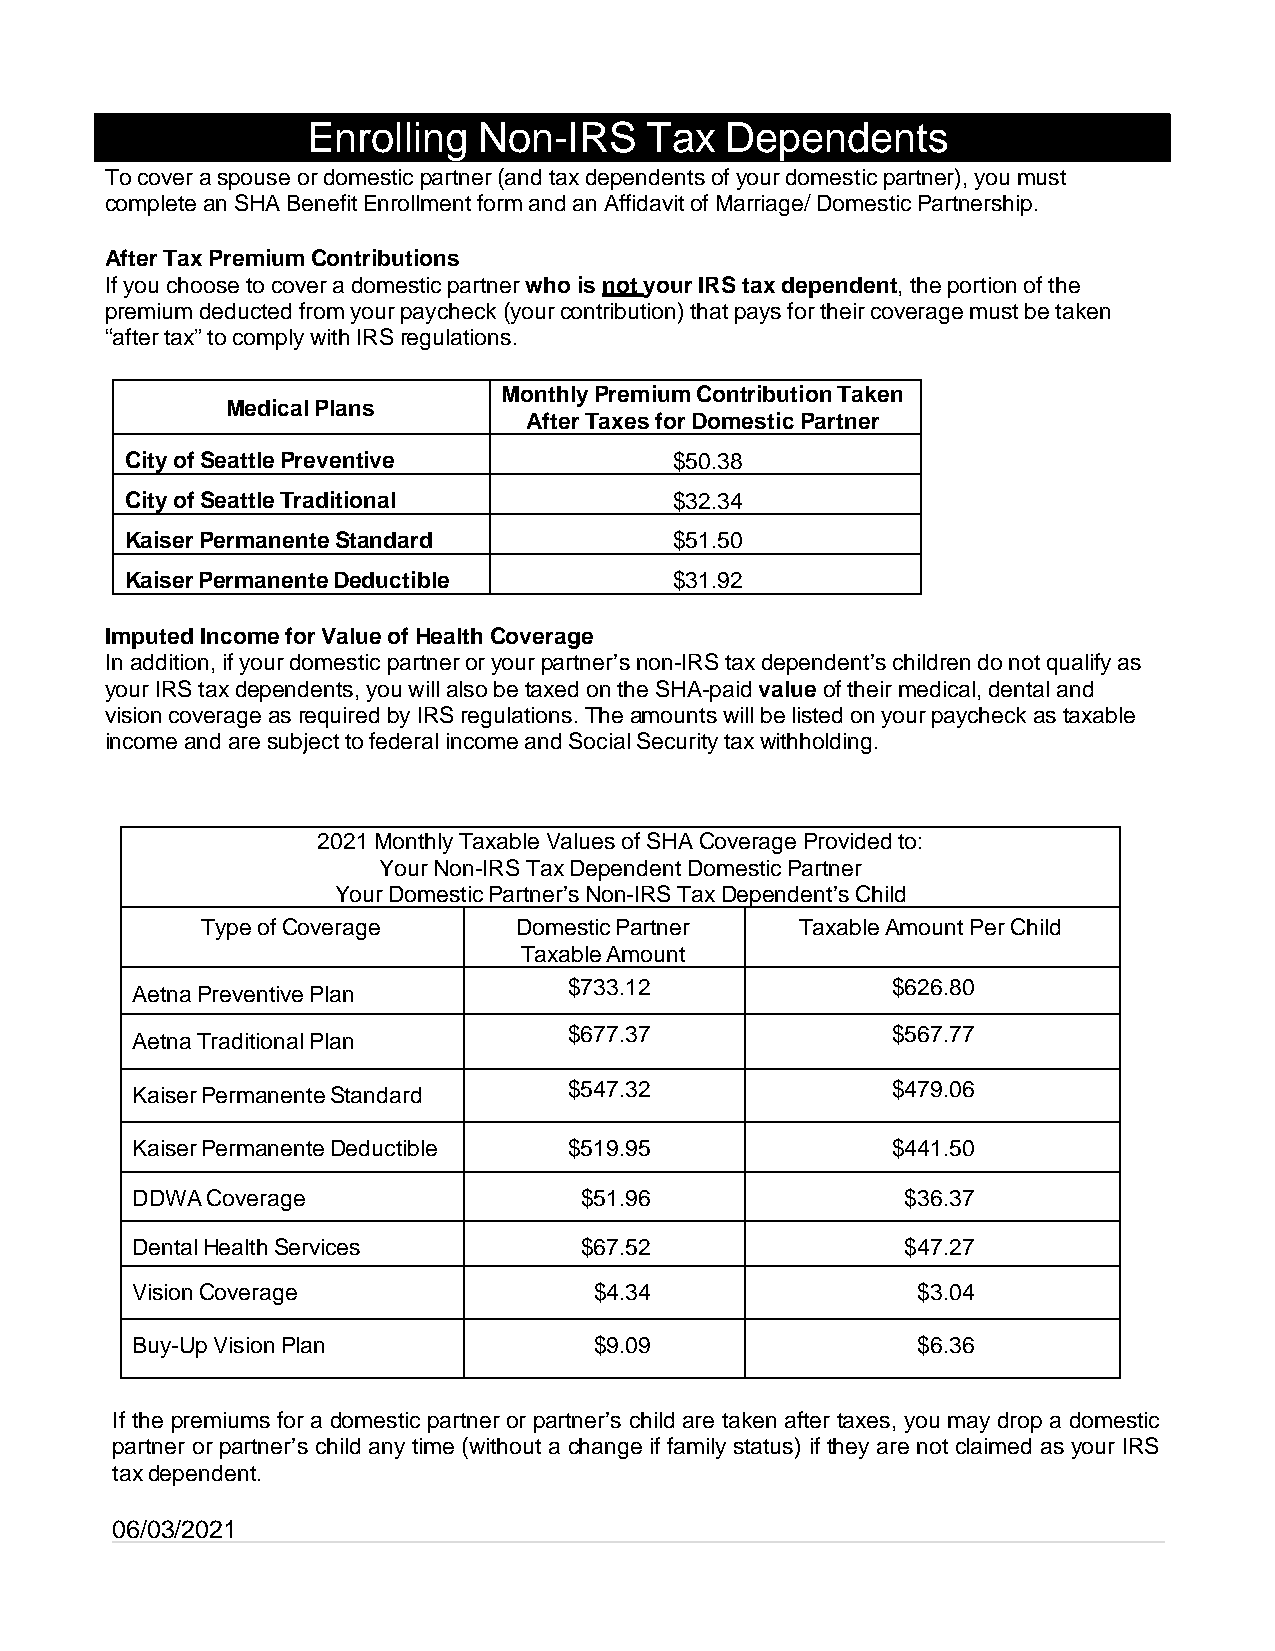
Enrolling   Non-IRS    Tax  Dependents
 To cover a spouse or domestic partner (and tax dependents of your domestic partner), you must
 complete an SHA Benefit Enrollment form and an Affidavit of Marriage/ Domestic Partnership.
 After Tax Premium Contributions
 If you choose to cover a domestic partner who is not your IRS tax dependent, the portion of the
 premium deducted from your paycheck (your contribution) that pays for their coverage must be taken
 “after tax” to comply with IRS regulations.
 Monthly Premium Contribution Taken
 Medical Plans
 After Taxes for Domestic Partner
 City of Seattle Preventive           $50.38
 City of Seattle Traditional          $32.34
 Kaiser Permanente Standard           $51.50
 Kaiser Permanente Deductible         $31.92
 Imputed Income for Value of Health Coverage
 In addition, if your domestic partner or your partner’s non-IRS tax dependent’s children do not qualify as
 your IRS tax dependents, you will also be taxed on the SHA-paid value of their medical, dental and
 vision coverage as required by IRS regulations. The amounts will be listed on your paycheck as taxable
 income and are subject to federal income and Social Security tax withholding.
 2021 Monthly Taxable Values of SHA Coverage Provided to:
 Your Non-IRS Tax Dependent Domestic Partner
 Your Domestic Partner’s Non-IRS Tax Dependent’s Child
 Type of Coverage     Domestic Partner   Taxable Amount Per Child
 Taxable Amount
 Aetna Preventive Plan        $733.12              $626.80
 Aetna Traditional Plan       $677.37              $567.77
 Kaiser Permanente Standard   $547.32              $479.06
 Kaiser Permanente Deductible $519.95              $441.50
 DDWA Coverage                $51.96                $36.37
 Dental Health Services       $67.52                $47.27
 Vision Coverage               $4.34                 $3.04
 Buy-Up Vision Plan            $9.09                 $6.36
 If the premiums for a domestic partner or partner’s child are taken after taxes, you may drop a domestic
 partner or partner’s child any time (without a change if family status) if they are not claimed as your IRS
 tax dependent.
 06/03/2021